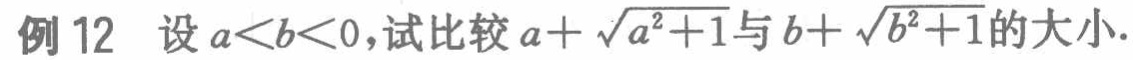
例 12 设\(a < b < 0\)，试比较\(a + \sqrt{a^{2}+1}\)与\(b + \sqrt{b^{2}+1}\)的大小.